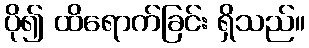
ပို၍ ထိရောက်ခြင်း ရှိသည်။